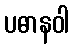
ပဓာနဝါ